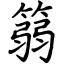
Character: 篛